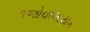
૧જોવાલાયક